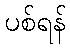
ပစ်ရန်